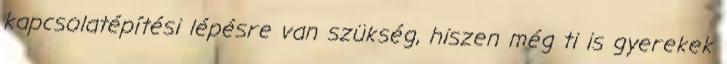
kapcsolatépítési lépésre van szükség, hiszen még ti is gyerekek